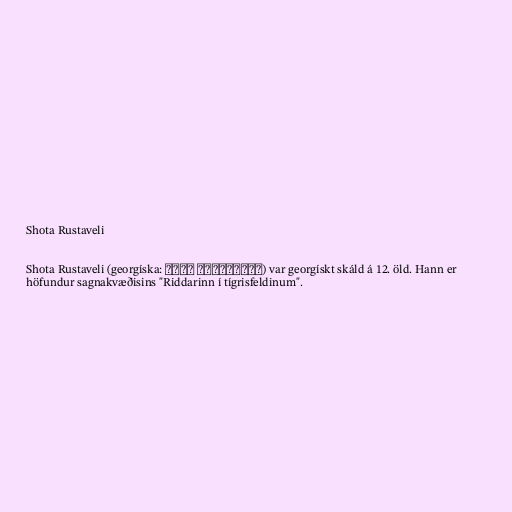
Shota Rustaveli

Shota Rustaveli (georgíska: შოთა რუსთაველი) var georgískt skáld á 12. öld. Hann er
höfundur sagnakvæðisins "Riddarinn í tígrisfeldinum".